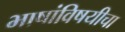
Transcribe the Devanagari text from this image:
भाषांविषयीचा